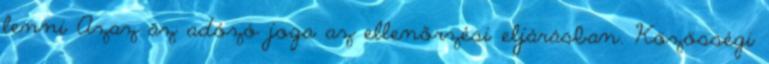
lenni Azaz az adózó joga az ellenőrzési eljárásban. Közösségi